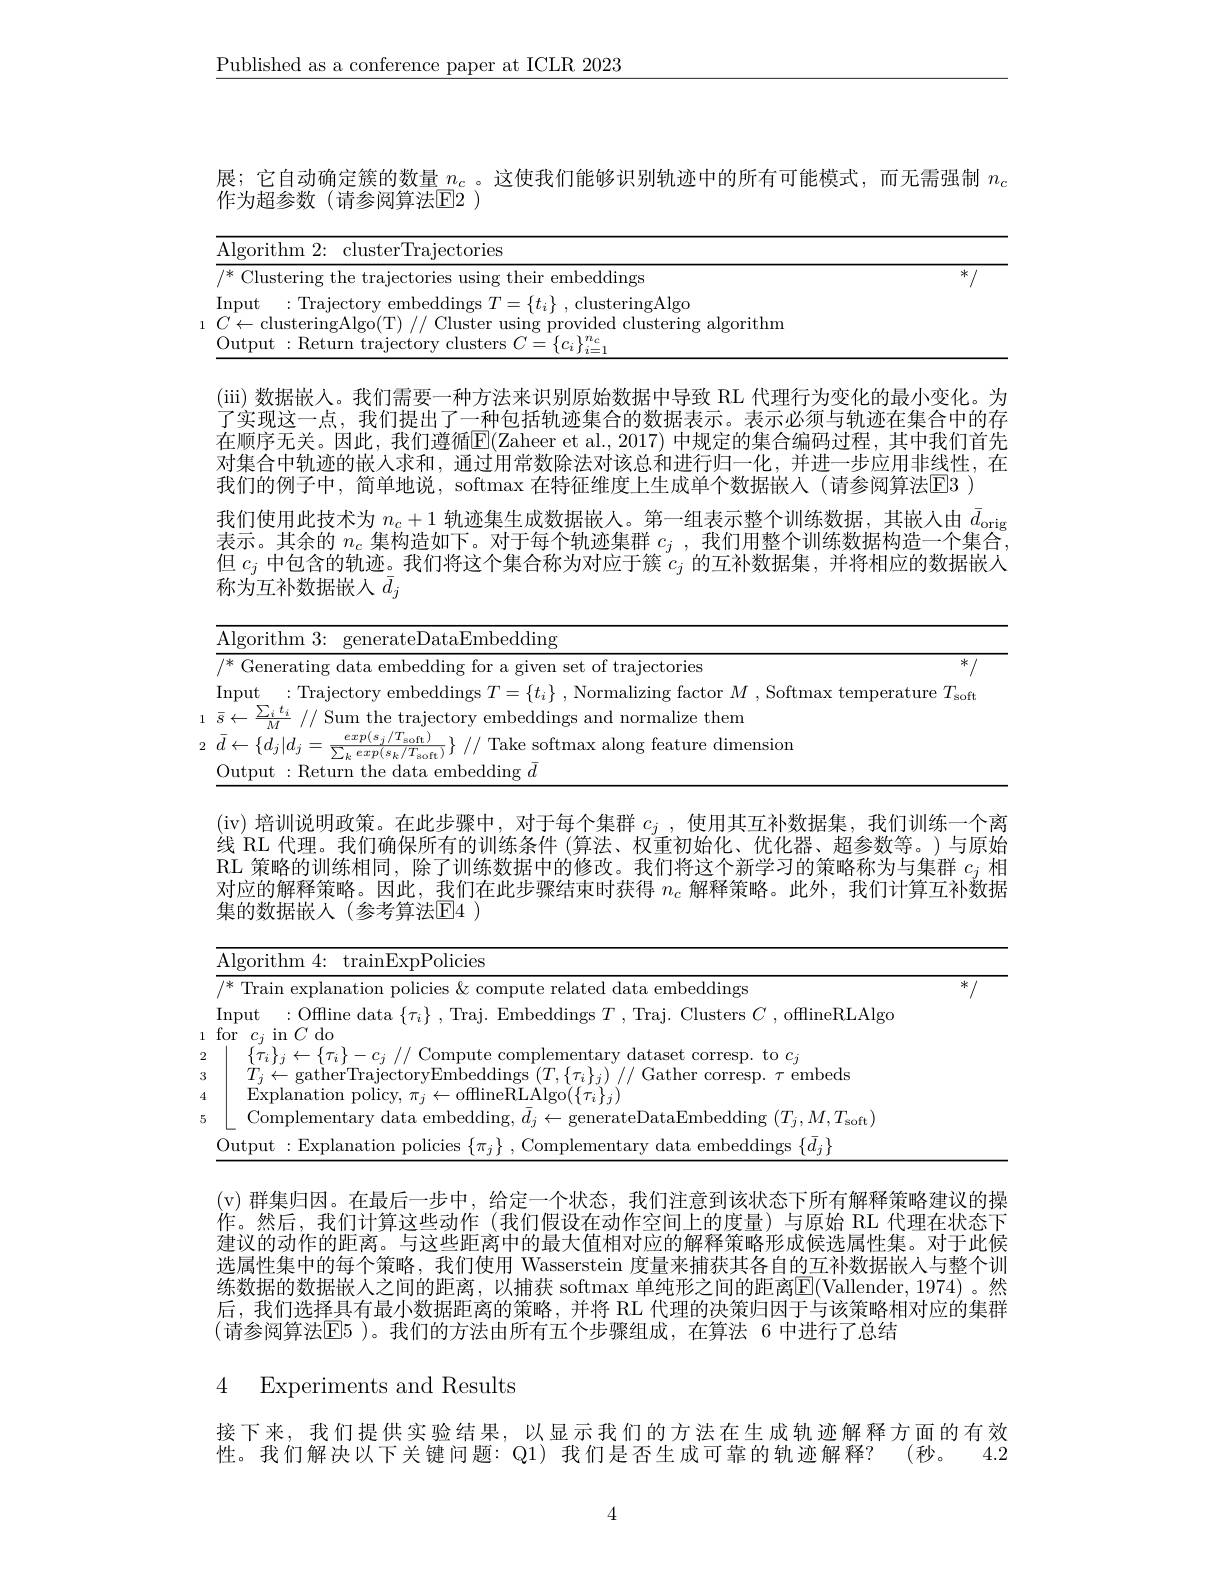
$\underline{\text{Published as a conference paper at ICLR 2023}}$

展；它自动确定簇的数量$n_c$ 。这使我们能够识别轨迹中的所有可能模式，而无需强制$n_c$
作为超参数(请参阅算法$\mathbb{E}$2 )

<table>
	<tbody>
		<tr>
			<th>$\operatorname{rorithm}2.$ clusterTrajectories</th>
			<th> </th>
		</tr>
		<tr>
			<td> thelt ir embeddings</td>
			<td>米</td>
		</tr>
		<tr>
			<td>lnput $|ra1ecto$ clusteringAlgc</td>
			<td> </td>
		</tr>
		<tr>
			<td>lusterinoAlont $\dot{\mathrm{wided}}_{\mathrm{c}}$ clusterin lonrith</td>
			<td> </td>
		</tr>
		<tr>
			<td>$t:Retur$ raiectorv clusters C $I_{i}-$</td>
			<td> </td>
		</tr>
	</tbody>
</table>

(iii)数据嵌人。我们需要一种方法来识别原始数据中导致 RL 代理行为变化的最小变化。为了实现这一点，我们提出了一种包括轨迹集合的数据表示。表示必须与轨迹在集合中的存在顺序无关。因此，我们遵循$\overline{\mathrm{E}}($Zaheer et al.,2017)中规定的集合编码过程，其中我们首先对集合中轨迹的嵌人求和，通过用常数除法对该总和进行归一化，并进一步应用非线性，在我们的例子中，简单地说，softmax 在特征维度上生成单个数据嵌人(请参阅算法$\boxed{\mathrm{E}}3$ )
我们使用此技术为$n_c+1$轨迹集生成数据嵌人。第一组表示整个训练数据，其嵌入由$\bar{d}_\mathrm{orig}$ 表示。其余的$n_c$集构造如下。对于每个轨迹集群$c_j$ ,我们用整个训练数据构造一个集合， 但$c_j$中包含的轨迹。我们将这个集合称为对应于簇$c_j$的互补数据集，并将相应的数据嵌人称为互补数据嵌人$\bar{d}_j$

<table>
	<tbody>
		<tr>
			<td>$\operatorname{Alg}$ 1</td>
			<td>im 1< generateDataEmbedding</td>
		</tr>
		<tr>
			<td>1* T</td>
			<td>'atine of traiectories 米</td>
		</tr>
		<tr>
			<td>$\operatorname{[np}$ 1 、 $a_{1}=a_{1}$ $a_{1}=a_{1}$</td>
			<td>Trajector ${\mathrm{emperature~}T_{\mathrm{soff}}}$</td>
		</tr>
		<tr>
			<td>0 $ut$ 1 </td>
			<td>Return the data embedding $\bar{d}$</td>
		</tr>
	</tbody>
</table>

(iv)培训说明政策。在此步骤中，对于每个集群$c_j$,使用其互补数据集，我们训练一个离线 RL 代理。我们确保所有的训练条件 (算法、权重初始化、优化器、超参数等。)与原始RL 策略的训练相同，除了训练数据中的修改。我们将这个新学习的策略称为与集群$c_j$相对应的解释策略。因此，我们在此步骤结束时获得$n_c$解释策略。此外，我们计算互补数据集的数据嵌人(参考算法$\mathbb{E}$4 )

<table>
	<tbody>
		<tr>
			<td>|oorithm$A$ trainExpPolicies</td>
			<td> </td>
		</tr>
		<tr>
			<td>Train explanation p related data embeddings</td>
			<td>$冰$</td>
		</tr>
		<tr>
			<td>$\operatorname{lnput}$ :Offline data $\{\tau_{i}\}$ , Traj. Embeddings $T$ , Traj. Clusters $C$ , offlineRLAlgo</td>
			<td> </td>
		</tr>
		<tr>
			<td>$\{ \tau _{i}\} _{j}\leftarrow \{ \tau _{i}\} - c_{j}$ // Compute complementary dataset corresp. to $c_j$ $T_{i}\leftarrow$gatherTrajectorvEmbeddings$\left(T,\{\tau_{i}\}_{i}\right)//$Gather corresp.$\tau$embeds</td>
			<td> </td>
		</tr>
		<tr>
			<td>Complementarv data embeddin teDataEmbedding $\mathbf{g}$ $( T_{i}, M, T_{\mathrm{soft}}$</td>
			<td> </td>
		</tr>
		<tr>
			<td>heddings$\{ d:$</td>
			<td> </td>
		</tr>
	</tbody>
</table>

(v)群集归因。在最后一步中，给定一个状态，我们注意到该状态下所有解释策略建议的操作。然后，我们计算这些动作(我们假设在动作空间上的度量)与原始 RL 代理在状态下建议的动作的距离。与这些距离中的最大值相对应的解释策略形成候选属性集。对于此候选属性集中的每个策略，我们使用 Wasserstein 度量来捕获其各自的互补数据嵌人与整个训练数据的数据嵌人之间的距离，以捕获 softmax 单纯形之间的距离$\overline{\mathbb{E}}($Vallender,1974)。然后，我们选择具有最小数据距离的策略，并将 RL 代理的决策归因于与该策略相对应的集群(请参阅算法$\mathbb{E}5$ )。我们的方法由所有五个步骤组成，在算法 6 中进行了总结

4 Experiments and Results

接下来，我们提供实验结果，以显示我们的方法在生成轨迹解释方面的有效性。我们解决以下关键问题：Q1) 我们是否生成可靠的轨迹解释？(秒。4.2

4